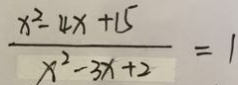
\frac { x ^ { 2 } - 4 x + 1 5 } { x ^ { 2 } - 3 x + 2 } = 1